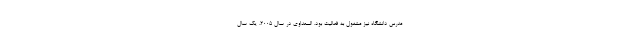
مدرس دانشگاه نیز مشغول به فعالیت بود. السعداوی در سال ۲۰۰۵، یک سال